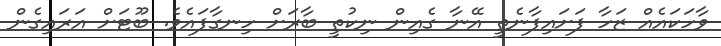
ވާހަކައެއް ޒަހާ ފަށައިފާނެތީ އޭނާ ގެއިން ނިކުތީ ބާރަށް ހިނގާފައެވެ. ބޫޓަށް އަރައިގެން